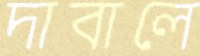
দাবালে